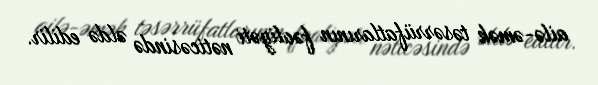
ailə-əmək təsərrüfatlarının fəaliyəti nəticəsində əldə edilir.